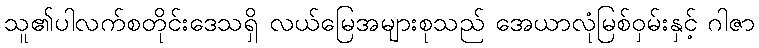
သူ၏ပါလက်စတိုင်းဒေသရှိ လယ်မြေအများစုသည် အေယာလုံမြစ်ဝှမ်းနှင့် ဂါဇာ